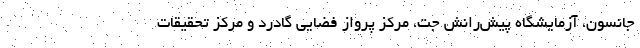
جانسون، آزمایشگاه پیش‌رانش جت، مرکز پرواز فضایی گادرد و مرکز تحقیقات